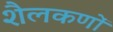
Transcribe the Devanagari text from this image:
शैलकणों